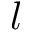
l